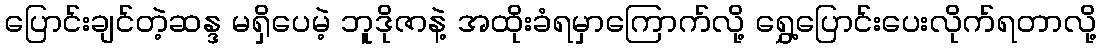
ပြောင်းချင်တဲ့ဆန္ဒ မရှိပေမဲ့ ဘူဒိုဇာနဲ့ အထိုးခံရမှာကြောက်လို့ ရွှေ့ပြောင်းပေးလိုက်ရတာလို့